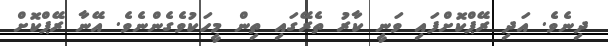
ދިނެވެ. އަދި ރޭޕްކޮށްފައި ވަނީ ކާރު ތެރޭގައި ތިން މީހަކުވެގެންނެވެ. އޭނާ ރޭޕްކޮށް